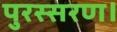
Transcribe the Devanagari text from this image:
पुरस्सरण।